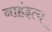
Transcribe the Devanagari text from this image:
नाहंइत्य